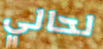
لحالي